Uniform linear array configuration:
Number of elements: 48
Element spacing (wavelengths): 0.5
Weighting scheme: binomial
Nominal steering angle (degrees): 0
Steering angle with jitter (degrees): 1.699
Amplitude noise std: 0.05
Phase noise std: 0.05

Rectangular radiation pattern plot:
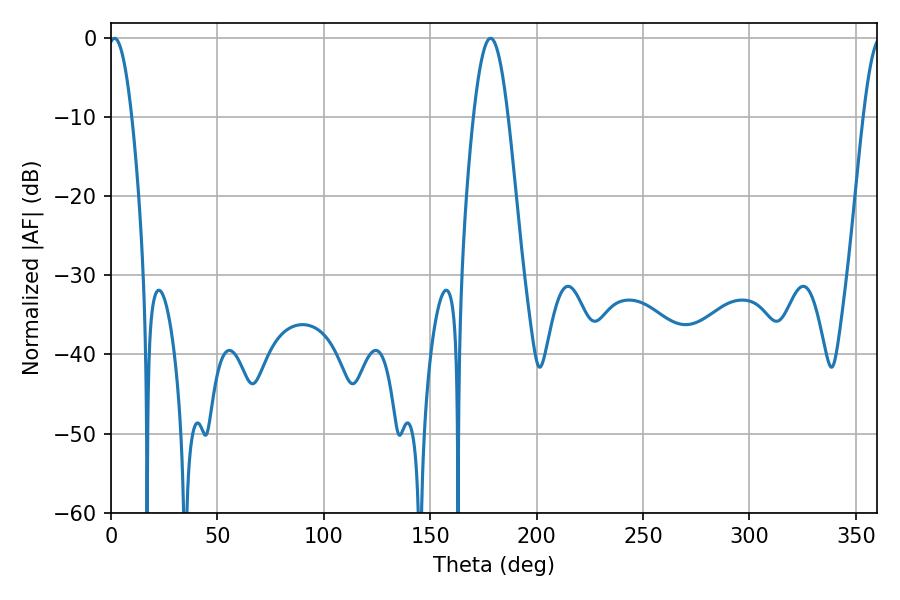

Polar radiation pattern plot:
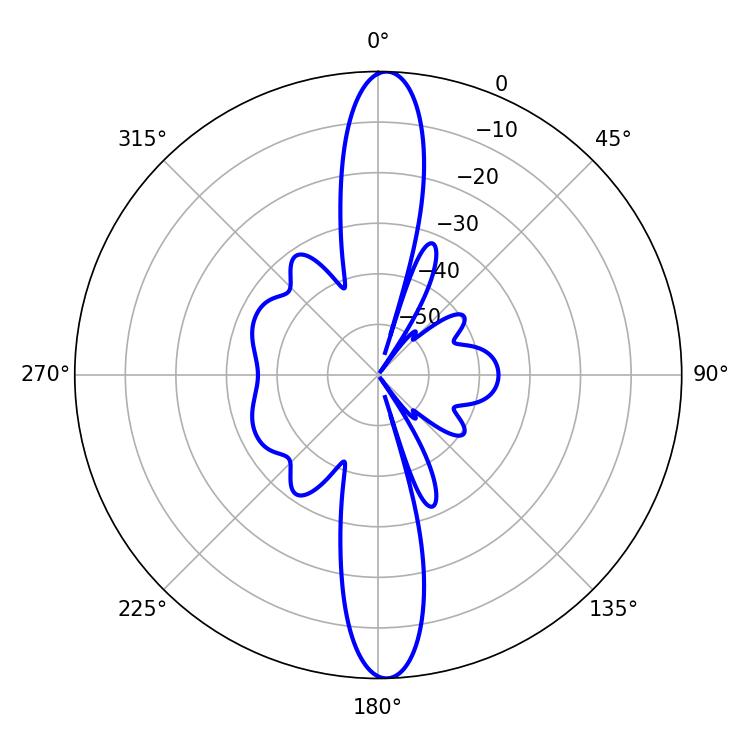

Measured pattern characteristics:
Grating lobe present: FALSE
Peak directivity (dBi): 23.617
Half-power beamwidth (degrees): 5.94
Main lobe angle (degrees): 1.62